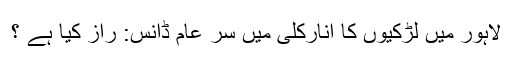
لاہور میں لڑکیوں کا انارکلی میں سر عام ڈانس: راز کیا ہے ؟